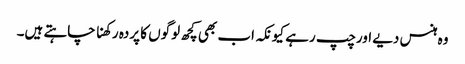
وہ ہنس دیے اورچپ رہے کیونکہ اب بھی کچھ لوگوں کا پردہ رکھنا چاہتے ہیں۔